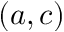
( a , c )